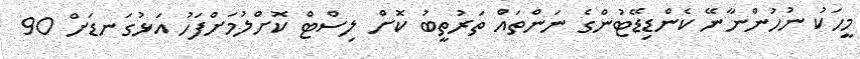
މީހަކު ނުހުންނާނޭ ކެންޑިޑޭޓުންގެ ނަންތައް ތަރުތީބު ކޮށް ލިސްޓް ކޮށްލުމަށްފަހު އަޅުގަނޑަށް 90